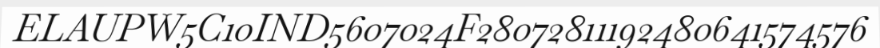
ELAUPW5C10IND5607024F28072811192480641574576